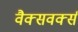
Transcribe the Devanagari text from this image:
वैक्सवर्क्स